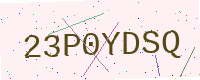
Text: 23P0YDSQ